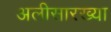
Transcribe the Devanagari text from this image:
अलीसारख्या